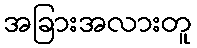
အခြားအလားတူ